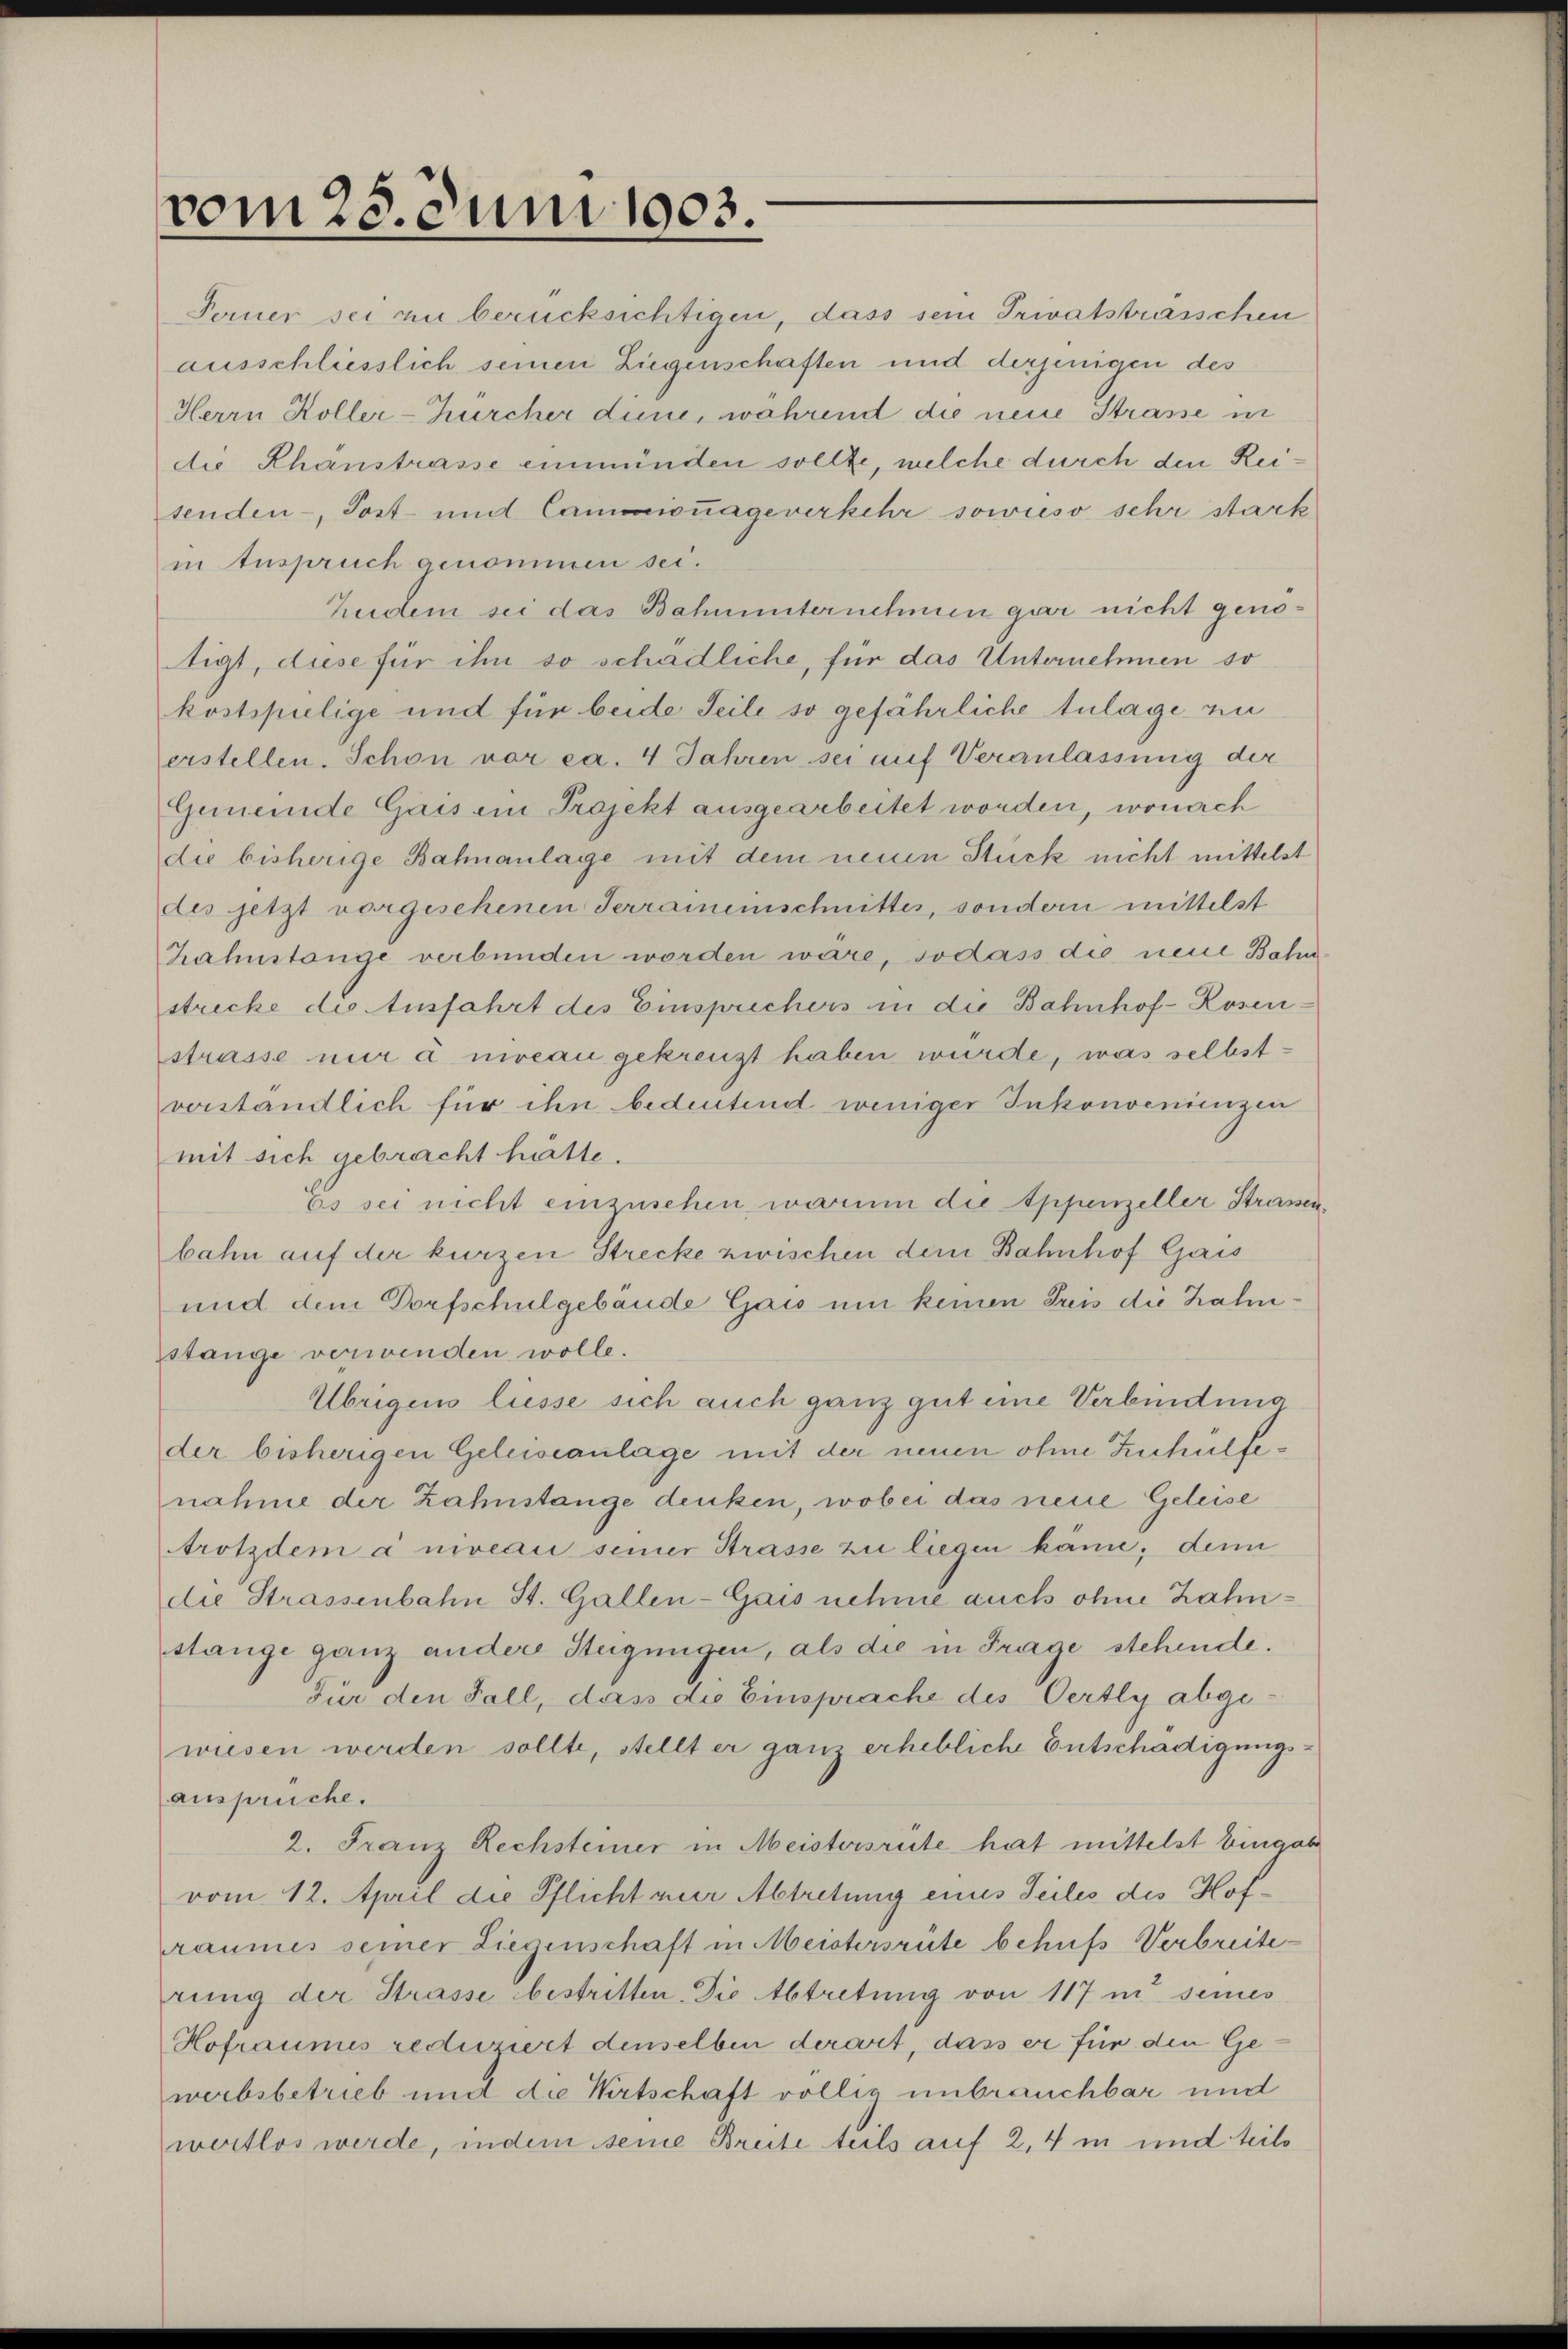
vom 25. Juni 1903.

Ferner sei zu berücksichtigen, dass sein Privatsträsschen
ausschliesslich seinen Liegenschaften und derjenigen des
Herrn Koller-Zürcher dene, während die neue Strasse in
die Rhanstrasse einmünden sollte, welche durch den Reisenden Post- und Cammiouageverkehr sowieso sehr stark
in Anspruch genommen sei.
Zudem sei das Bahnunternehmen gar nicht genötigt, diese für ihn so schädliche, für das Unternehmen so
kostspilige und für beide Seile so gefährliche tulage en
erstellen. Schon vor ca. 4 Jahren sei auf Veranlassung der
Gemeinde Gais ein Projekt ausgearbeitet worden, wonach
die bisherige Bahnanlage mit dem neuen Stück nicht mittelst
des jetzt vorgesehenen Terraineinschnittes, sondern mittelst
Zahnstange verbunden worden wäre, sodass die neue Bahnstrecke die Ausfahrt des Einsprechers in die Bahnhof-Rosen-
strasse nur a niveau gekreuzt haben würde, was selbstverständlich für ihn bedeutend weniger Inkonvenienzen
mit sich gebracht hätte.
Es sei nicht einzusehen, warum die Appenzeller Strassen,
bahn auf der kurzen Strecke zwischen dem Bahnhof Gais
und dem Dorfschulgebäude Gais um keinen Preis die Zahnstange verwenden wolle.
Übrigens liesse sich auch ganz gut eine Verbindung
der bisherigen Geleiseanlage mit der neuen ohne Zuhülfenahme der Zahnstange denken, wobei das neue Geleise
trotzdem a niveau seiner Strasse zu liegen käme, denn
die Strassenbahn St. Gallen-Gais nehme auch ohne Zahnstange ganz andere Steigungen, als die in Frage stehende.
Für den Fall, dass die Einsprache des Oertly abge-
wiesen werden sollte, stellt er ganz erhebliche Entschädigungs-
anspruche.
2. Franz Rechsteiner in Meistersrüte hat mittelst Eingab
vom 12. April die Pflicht nur Abtretung eines Seiles des Hofraumes seiner Liegenschaft in Meistersrüte behufs Verbreiterung der Strasse bestritten. Die Abtretung von 117 in seines
Hofraumes reduzirt denselben derart, dass er für den Gewerbsbetrieb und die Wirtschaft völlig unbrauchbar und
wertlos werde, indem seine Breite teils auf 2,4 in und teils